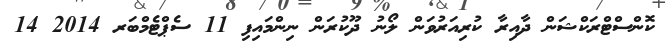
ކޮންސްޓްރަކްޝަން ދާއިރާ ކުރިއަރުވަން ލޯނު ދޫކުރަން ނިންމައިފި 11 ސެޕްޓެމްބަރ 2014 14